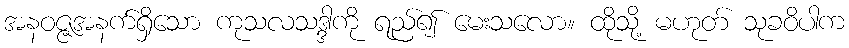
အနဝဇ္ဇအနက်ရှိသော ကုသလသဒ္ဒါကို ရည်၍ မေးသလော။ ထိုသို့ မဟုတ် သုခဝိပါက